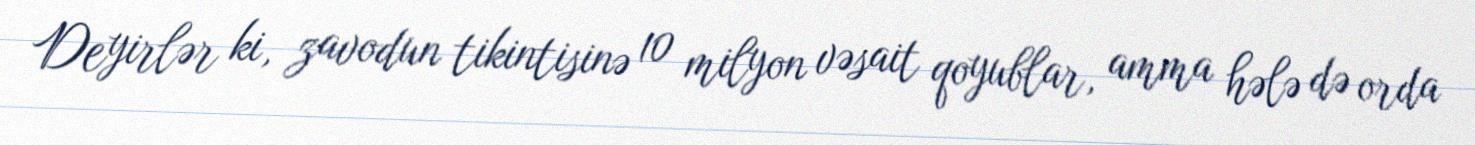
Deyirlər ki, zavodun tikintisinə 10 milyon vəsait qoyublar, amma hələ də orda